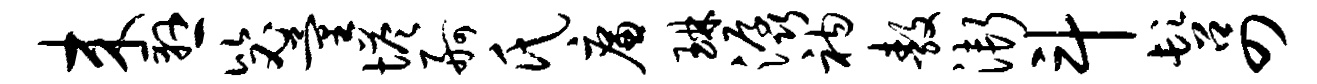
来悬毖量塔舸氏廉琳潺衲敖渐斗髫四